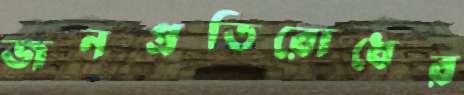
জনপ্রতিরোধের